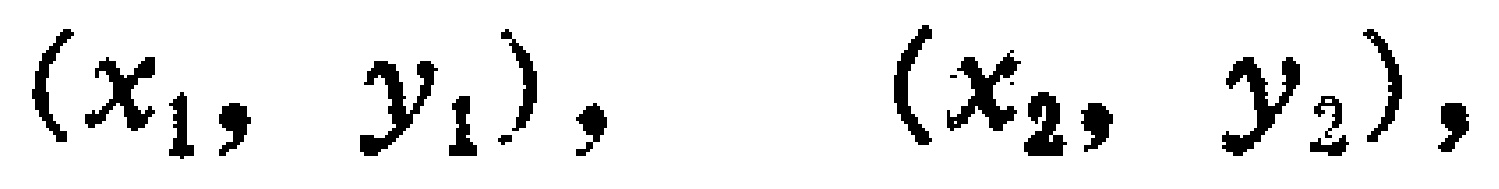
$(x_1, y_1),\ (x_2, y_2),$